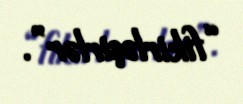
“fikirləşirlər”.